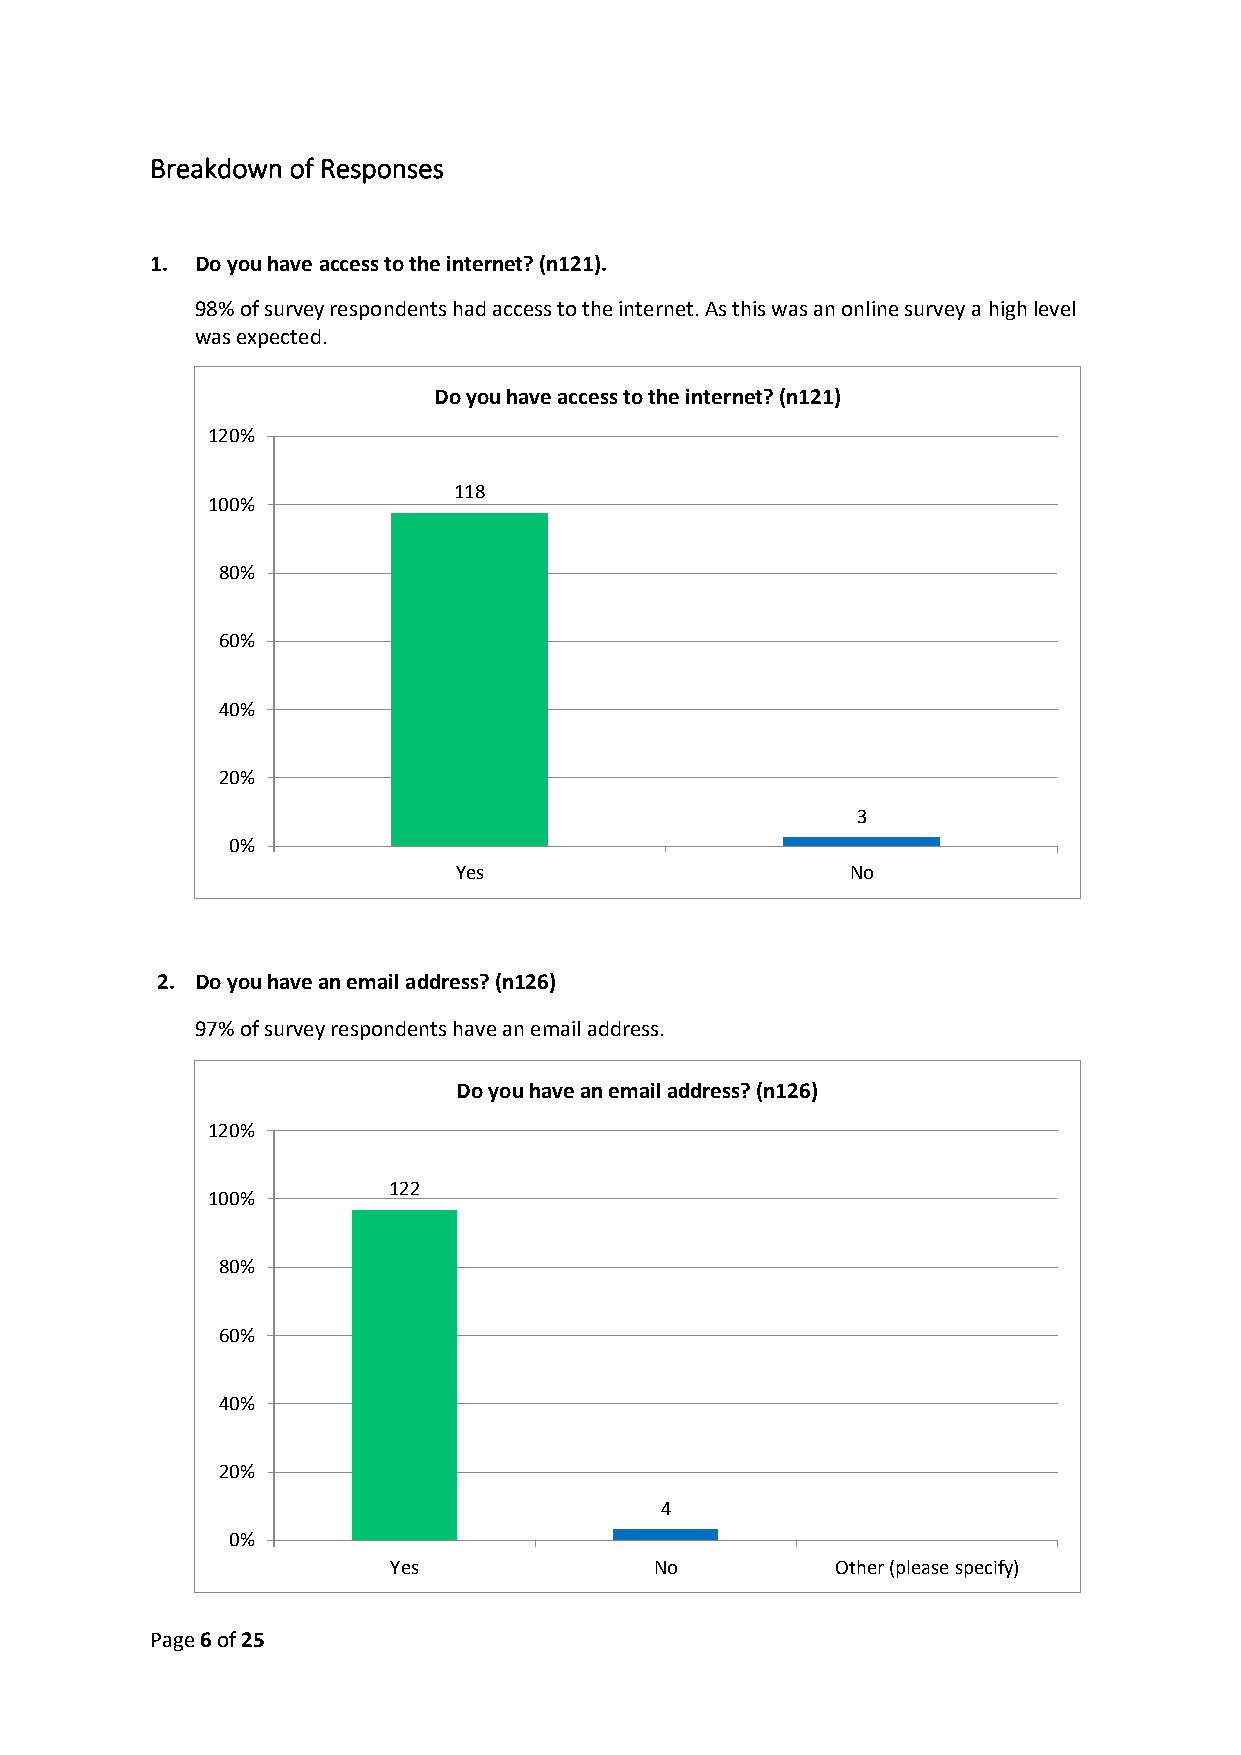
Breakdown of Responses
 1. Do you have access to the internet? (n121).
 98% of survey respondents had access to the internet. As this was an online survey a high level
 was expected.
 Do you have access to the internet? (n121)
 120%
 118
 100%
 80%
 60%
 40%
 20%
 3
 0%
 Yes                       No
 2. Do you have an email address? (n126)
 97% of survey respondents have an email address.
 Do you have an email address? (n126)
 120%
 122
 100%
 80%
 60%
 40%
 20%
 4
 0%
 Yes              No          Other (please specify)
 Page 6 of 25